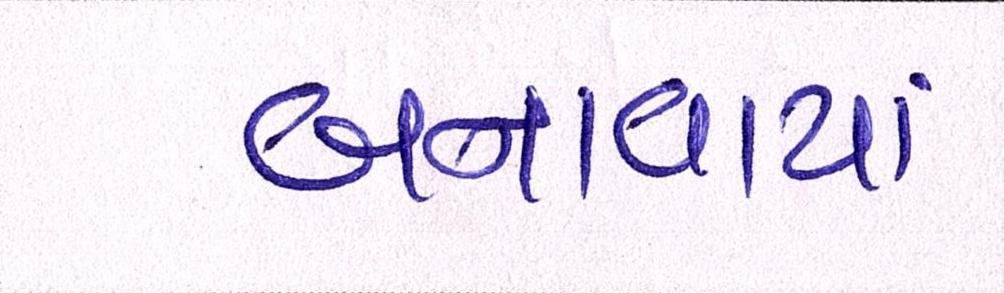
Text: બનાવાયાં